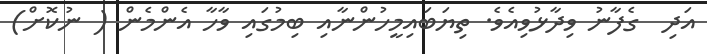
އަދި  ގެފާނު ވިދާޅުވިއެވެ. ތިޔަބައިމީހުންނާއި ބިމުގައި ވާހާ އެންމެން ( ނުކޮށް)